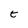
Character: t